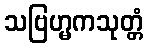
သဗြဟ္မကသုတ္တံ